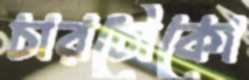
চারচৌকো